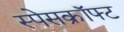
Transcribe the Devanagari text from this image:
स्पेसक्रॉफ्ट